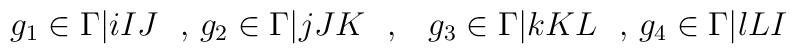
g_1 \in \Gamma \vert{i}{I}{J} \ \        \mbox{, }         g_2 \in \Gamma \vert{j}{J}{K} \ \         \mbox{, }  \ \         g_3 \in \Gamma \vert{k}{K}{L} \ \        \mbox{, }        g_4 \in \Gamma  \vert{l}{L}{I} \ \